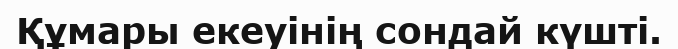
Құмары екеуінің сондай күшті.